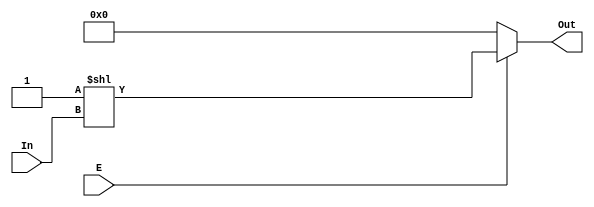
module decoder_2_4(E , In , Out); //
input E;                          //
input [1:0] In;                   //
output [3:0]Out;                  //
wire [3:0] Out;                   //
assign Out = E ? 1'b1 << In : 4'h0;//00000 1  1* 
endmodule